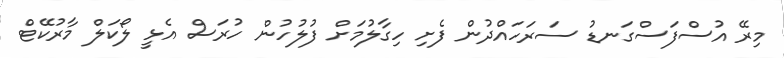
މިރޭ އުސްފަސްގަނޑު ސަރަހައްދުން ފެށި ހިގާލުމަށް ފުލުހުން ހުރަސް އެޅީ ލޯކަލް މާރުކޭޓް